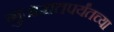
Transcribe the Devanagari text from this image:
गुजरातपर्यंतच्या